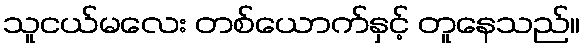
သူငယ်မလေး တစ်ယောက်နှင့် တူနေသည်။